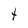
Character: t